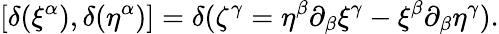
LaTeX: [\delta(\xi^{\alpha}),\delta(\eta^{\alpha})]=\delta(\zeta^{\gamma}=\eta^{\beta}\partial_{\beta}\xi^{\gamma}-\xi^{\beta}\partial_{\beta}\eta^{\gamma}).